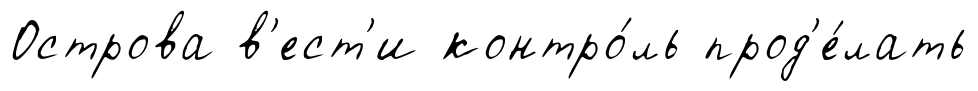
Острова в'ест'и контро́ль прод'е́лать